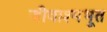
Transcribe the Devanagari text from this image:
जीवाश्मभूत